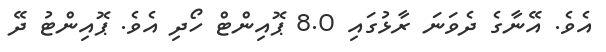
އެވެ. އޭނާގެ ދެވަނަ ރާޅުގައި 8.0 ޕޮއިންޓް ހޯދި އެވެ. ޕޮއިންޓު ދޭ